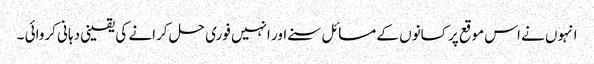
انہوں نے اس موقع پر کسانوں کے مسائل سنے اور انہیں فوری حل کرانے کی یقینی دہانی کروائی ۔